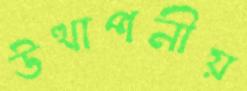
উত্থাপনীয়